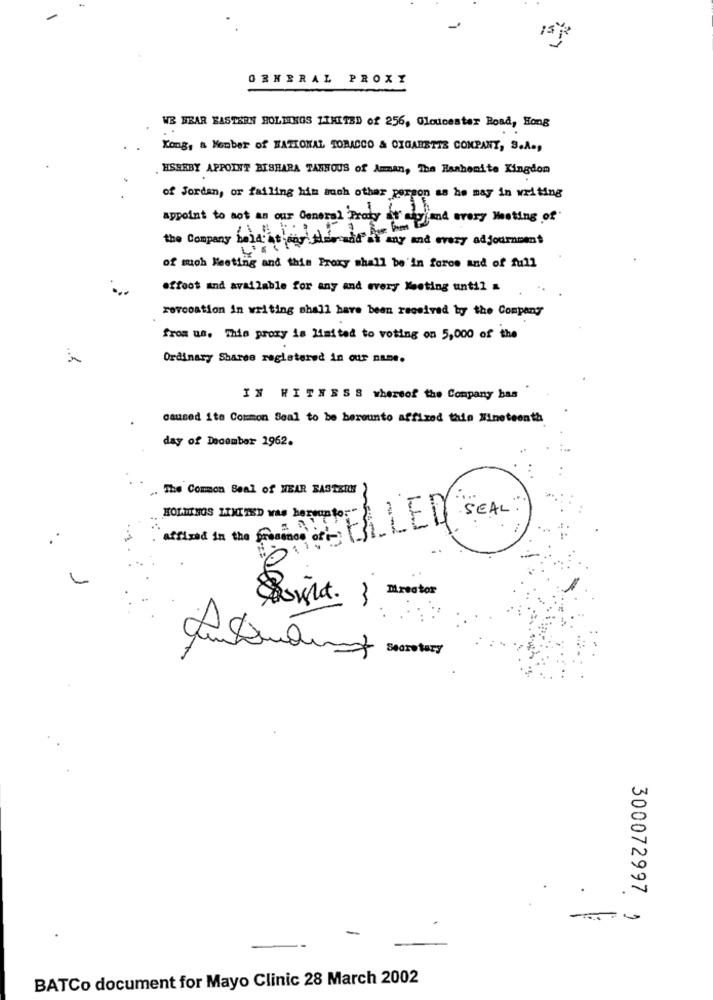
15
GENERAL PROXY
WE BEAR EASTERN HOLDINGS LIMITED of 256, Gloucester Road, Hong
Kong, a Member of NATIONAL TOBACCO & CIGARETTE COMPANY, S.A .,
HSHEBY APPOINT BISHARA TANNOUS of Amman, The Hanhemite Kingdom
of Jordan, or failing him such other person as he may in writing
appoint to not as our General Proxy frato
stipend every Meeting of
the Company Lidit
mantengaleavand at any and every adjournnet
of moh Meeting and this Proxy shall be'in foros and of full
effect and available for any and every Meeting until a
revocation in writing shall have been received by the Company
from us. Thie proxy is limited to voting on 5,000 of the
Ordinary Shares registered in our name.
IN WITNESS whereof the Company has
caused ito Common Seal to be berounto affixed thin Nineteenth
day of December 1962.
.. The Common Seal of HEAR BASTEICH
HOLDINGS HTMITED was hersuntor"
affixed in the freamnon Gfi-
300072997
-
BATCo document for Mayo Clinic 28 March 2002